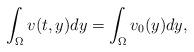
LaTeX: \begin{align*}\int_\Omega v(t,y)dy =\int_\Omega v_0(y)dy,\end{align*}